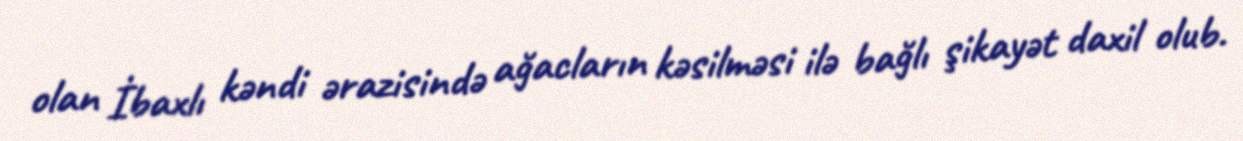
olan İbaxlı kəndi ərazisində ağacların kəsilməsi ilə bağlı şikayət daxil olub.